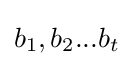
b_{1},b_{2}...b_{t}